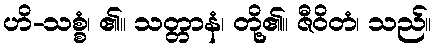
ဟိ-သစ္စံ၊ ၏။ သတ္တာနံ၊ တို့၏။ ဇီဝိတံ၊ သည်။